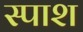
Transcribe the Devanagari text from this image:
स्पाश